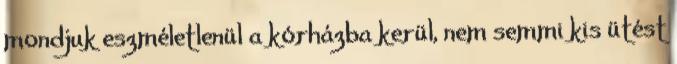
mondjuk eszméletlenül a kórházba kerül, nem semmi kis ütést